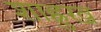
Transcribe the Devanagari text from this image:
शाह्रुख